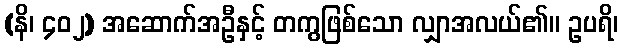
(နိ၊ ၄၀၂) အဆောက်အဦနှင့် တကွဖြစ်သော လျှာအလယ်၏။ ဥပရိ၊